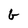
Character: G